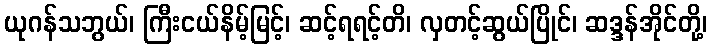
ယုဂန်သဘွယ်၊ ကြီးငယ်နိမ့်မြင့်၊ ဆင့်ရရင့်တိ၊ လှတင့်ဆွယ်ပြိုင်၊ ဆဒ္ဒန်အိုင်တို့၊